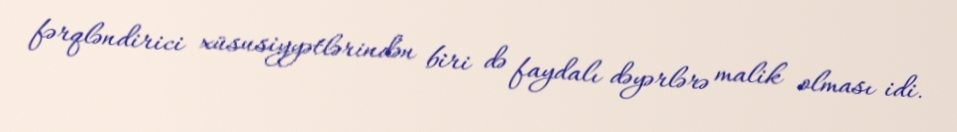
fərqləndirici xüsusiyyətlərindən biri də faydalı dəyərlərə malik olması idi.